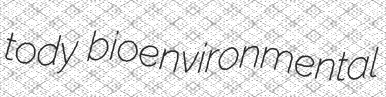
tody bioenvironmental